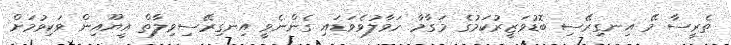
ތެރީސާ މޭ އިނގިރޭސި ބޮޑުވަޒީރުކަމުގެ މަގާމާ ހަވާލުވެވަޑައި ގެންނެވީ އިނގިރޭސިވިލާތް އީޔޫއިން ވަކިވުމަށް